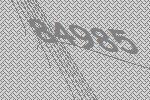
84985